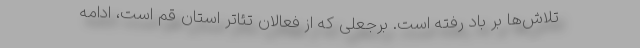
تلاش‌ها بر باد رفته است. برجعلی که از فعالان تئاتر استان قم است، ادامه